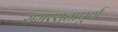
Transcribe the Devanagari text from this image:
समरसतापूर्ण